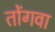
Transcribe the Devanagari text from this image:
तोंगवा